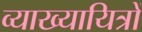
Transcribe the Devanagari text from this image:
व्याख्यायित्रों